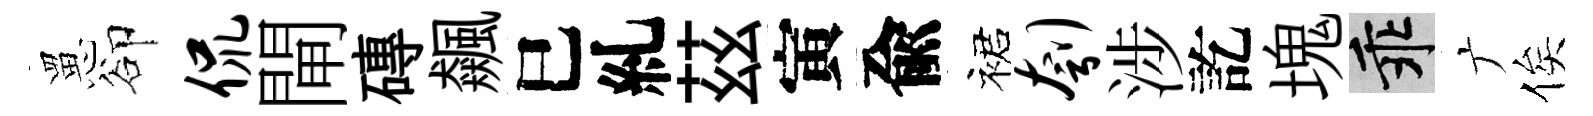
罳卻侃閘磚飆巳糺茲寅兪裙刳涉訖塊乖广俟